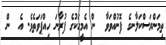
ތިމަންރަސްކަލާނގެ ފޮނުއްވަވާ  ން އެމީހަކުގެ ފުރާނަ ހިއްޕަވަތެވެ. އެ  ން